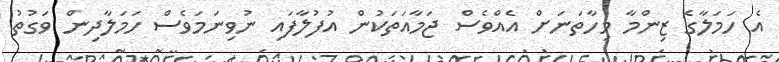
އެ ހަމަލާގެ ޒިންމާ މިހާތަނަށް އެއްވެސް ޖަމާއަތަކުން އުފުލާފައި ނުވިނަމަވެސް ހަމަލާދިން ވަގުތު